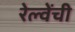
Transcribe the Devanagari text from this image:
रेल्वेंची